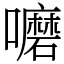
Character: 嚰